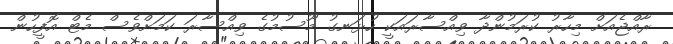
ރާއްޖެއަށް މިހާރު ކުރަމުންދާ ވިއްސާރައަކީ ހުޅަނގު މޫސުމުގެ ވިއްސާރަ ކަމަށްވެސް މެޓް އޮފީހުން